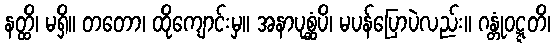
နတ္ထိ၊ မရှိ။ တတော၊ ထိုကျောင်းမှ။ အနာပုစ္ဆံပိ၊ မပန်ပြောပဲလည်း။ ဂန္တုံဝဋ္ဋတိ၊